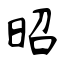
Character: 昭